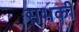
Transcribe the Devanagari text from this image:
सभकी